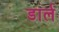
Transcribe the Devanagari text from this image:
डार्ल